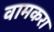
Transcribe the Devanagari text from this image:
वामकरा